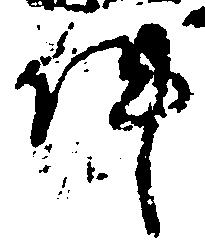
件